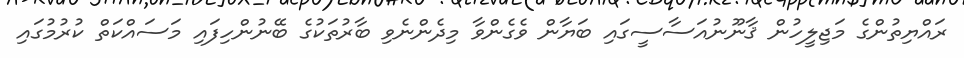
ރައްޔިތުންގެ މަޖިލީހުން ޤާނޫނުއަސާސީގައި ބަޔާން ވެގެންވާ މިދެންނެވި ބާރުތަކުގެ ބޭނުންހިފައި މަސައްކަތް ކުރުމުގައި